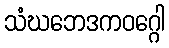
သံဃဘေဒကဝဂ္ဂေါ